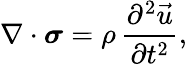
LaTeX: \nabla\cdot\boldsymbol{\sigma}=\rho\, \frac{\partial^{2}\vec{u}}{\partial t^{2}},